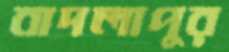
বাদলাপুর